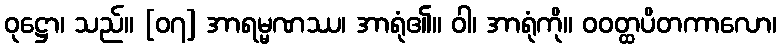
ဝုဋ္ဌော၊ သည်။ [၀၇] အာရမ္မဏဿ၊ အာရုံ၏။ ဝါ၊ အာရုံကို။ ဝဝတ္ထပိတကာလော၊